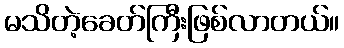
မသိတဲ့ခေတ်ကြီးဖြစ်လာတယ်။